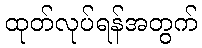
ထုတ်လုပ်ရန်အတွက်